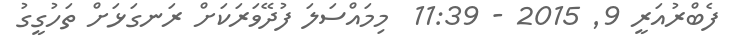
ފެބްރުއަރީ 9